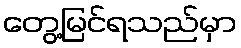
တွေ့မြင်ရသည်မှာ